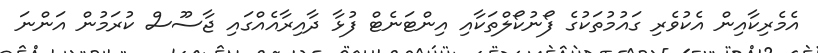
އެމެރިކާއިން އެކުވެރި ގައުމުތަކުގެ ފޯނުކޯލްތަކާއި އިންޓަނެޓް ފުޅާ ދާއިރާއެއްގައި ޖާސޫސް ކުރަމުން އަންނަ